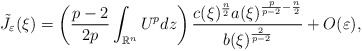
\begin{align*}\tilde{J}_{\varepsilon}(\xi)=\left( \frac{p-2}{2p}\int_{\mathbb{R}^{n}}U^{p}dz\right) \frac{c(\xi)^{\frac{n}{2}}a(\xi)^{\frac{p}{p-2}-\frac{n}{2}}}{b(\xi)^{\frac{2}{p-2}}}+O(\varepsilon),\end{align*}